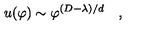
u ( \varphi ) \sim \varphi ^ { ( D - \lambda ) / d } \quad ,